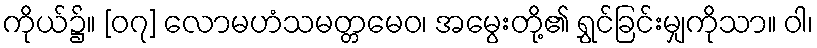
ကိုယ်၌။ [၀၇] လောမဟံသမတ္တမေဝ၊ အမွေးတို့၏ ရွှင်ခြင်းမျှကိုသာ။ ဝါ၊